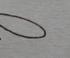
Signature authenticity: forged